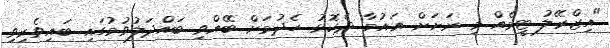
"އިޒްރޭލު ޓީމެއް މި ރަށަށް އައުމާ ދެކޮޅު ހެދުމަށް ބޭއްވި ބައްދަލުވުމުގައި ބައިވެރިވި